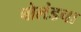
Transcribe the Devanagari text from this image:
बोलंडचा